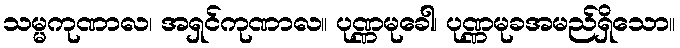
သမ္မကုဏာလ၊ အရှင်ကုဏာလ။ ပုဏ္ဏမုခေါ၊ ပုဏ္ဏမုခအမည်ရှိသော။